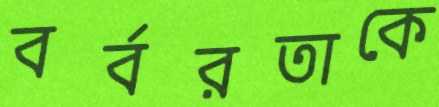
বর্বরতাকে